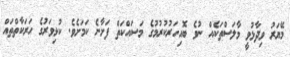
މޭޔަރު ވިދާޅުވީ މާލަސްތަކެއް ނުވެ ބޮއިހަރުކުރުމުގެ މަސައްކަތް ފަށާނެ ކަމަށެވެ. ކުޅިވަރުގެ ހަރަކާތްތައް